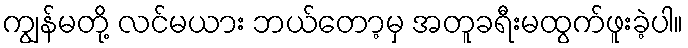
ကျွန်မတို့ လင်မယား ဘယ်တော့မှ အတူခရီးမထွက်ဖူးခဲ့ပါ။